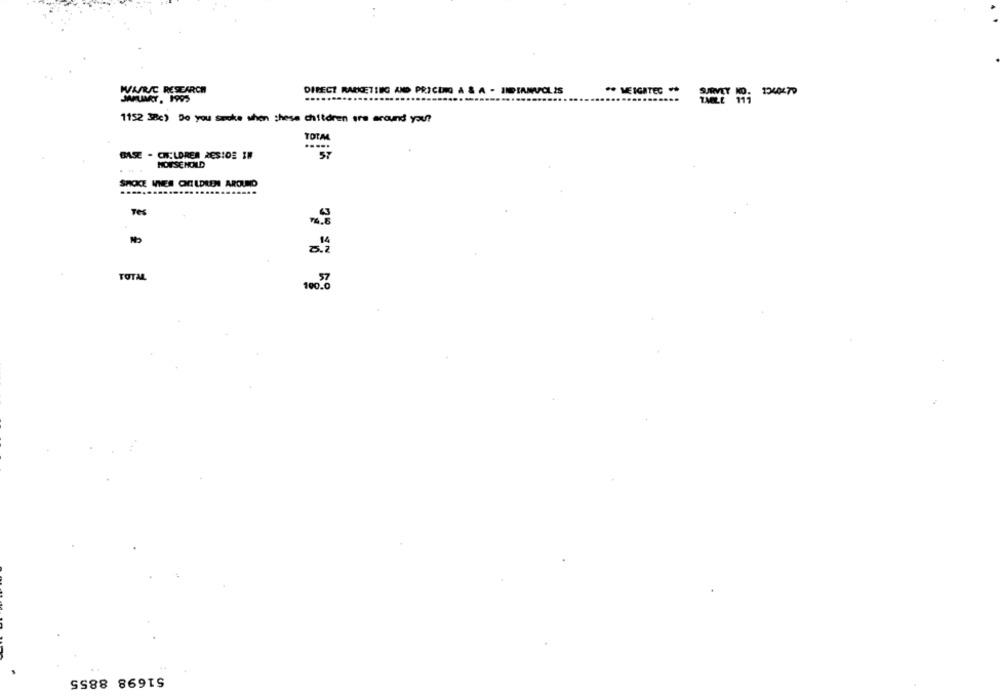
WAAR/C RESEARCH
DIRECT RARKETING AND PRICING A & A - INDIANAPOLIS
JAFUIMAY, 1995
. MEIGATEC
1152 38c) Do you smoke when these children ers around you?
TOTAL
.....
BASE - CHILDREN RESIDE IN
MOISE HOLD
SPOKE WNIES OFLDREN AROUND
Tes
8.2
TOTAL
100.0
51698 8855